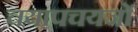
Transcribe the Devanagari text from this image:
चयापचयजों